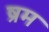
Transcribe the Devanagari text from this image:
ष्रम